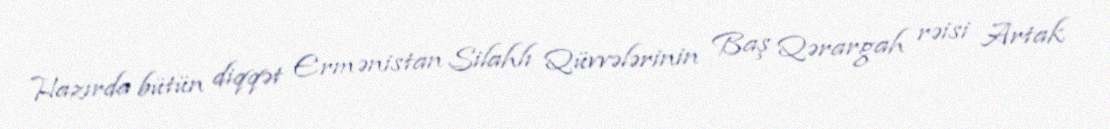
Hazırda bütün diqqət Ermənistan Silahlı Qüvvələrinin Baş Qərargah rəisi Artak